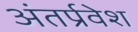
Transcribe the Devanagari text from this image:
अंतर्प्रवेश